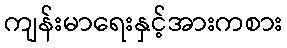
ကျန်းမာရေးနှင့်အားကစား